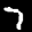
Label: 7